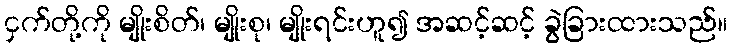
ငှက်တို့ကို မျိုးစိတ်၊ မျိုးစု၊ မျိုးရင်းဟူ၍ အဆင့်ဆင့် ခွဲခြားထားသည်။